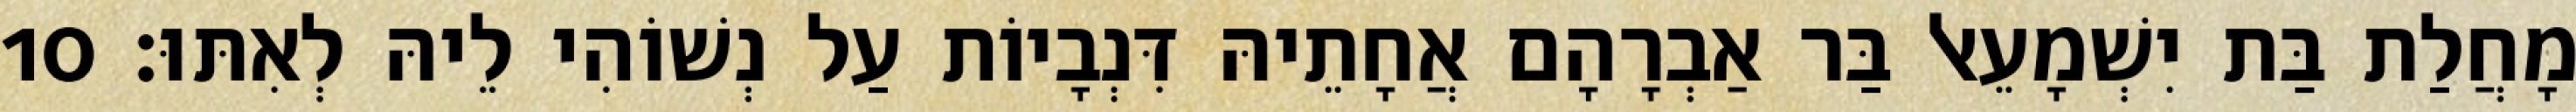
מָחֲלַת בַּת יִשְׁמָעֵאל בַּר אַבְרָהָם אֲחָתֵיהּ דִּנְבָיוֹת עַל נְשׁוֹהִי לֵיהּ לְאִתּוּ׃ 10